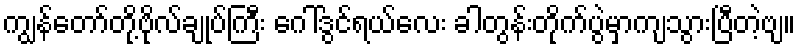
ကျွန်တော်တို့ဗိုလ်ချုပ်ကြီး ဂေါ်ဒွင်ရယ်လေး ခါတွန်းတိုက်ပွဲမှာကျသွားပြီတဲ့ဗျ။